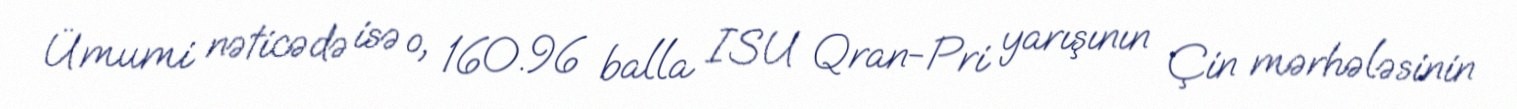
Ümumi nəticədə isə o, 160.96 balla ISU Qran-Pri yarışının Çin mərhələsinin